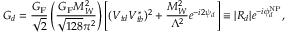
G _ { d } = \frac { G _ { \mathrm { F } } } { \sqrt { 2 } } \left( \frac { G _ { \mathrm { F } } M _ { W } ^ { 2 } } { \sqrt { 1 2 8 } \pi ^ { 2 } } \right) \left[ ( V _ { t d } V _ { t b } ^ { \ast } ) ^ { 2 } + \frac { M _ { W } ^ { 2 } } { \Lambda ^ { 2 } } e ^ { - i 2 \psi _ { d } } \right] \equiv | R _ { d } | e ^ { - i \phi _ { d } ^ { \mathrm { N P } } } ,